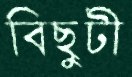
বিছুটী